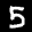
Label: 5